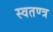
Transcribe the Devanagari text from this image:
स्वतण्त्र